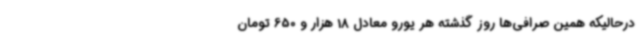
درحالیکه همین صرافی‌ها روز گذشته هر یورو معادل 18 هزار و 650 تومان